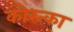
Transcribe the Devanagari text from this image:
कोस्त्का